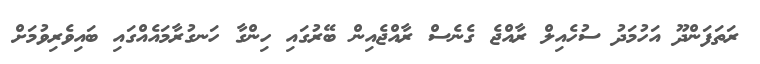
ރަތަފަންދޫ އަހުމަދު ސުހެއިލް ރާއްޖެ ގެނެސް ރާއްޖެއިން ބޭރުގައި ހިންގާ ހަނގުރާމައެއްގައި ބައިވެރިވުމަށް